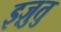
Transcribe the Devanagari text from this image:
इज़ुतु